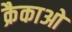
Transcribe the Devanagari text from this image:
क्रैकाओ